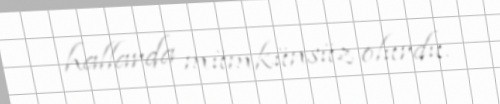
hallarda mümkünsüz olurdu.